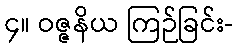
၄။ ဝဇ္ဇနိယ ကြဉ်ခြင်း-